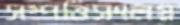
সম্পত্তিসংলগ্ন